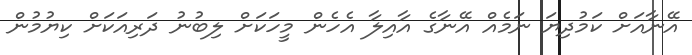
އޭނާއަށް ކަމުދިޔަ ނަމެއް އޭނާގެ އާއިލާ އެހެން މީހަކަށް ލިބުނު ދަރިއަކަށް ކިޔުމުން